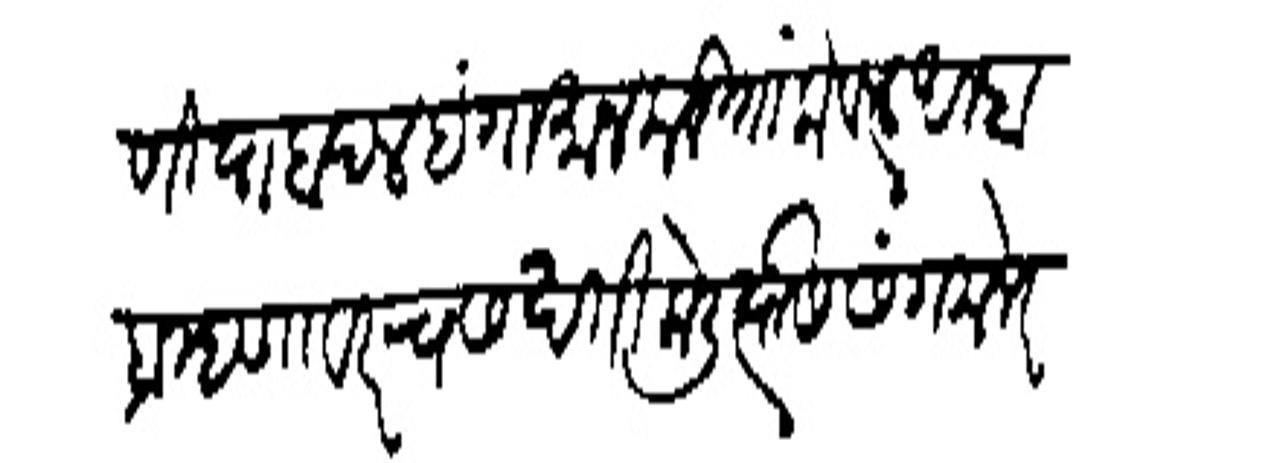
Transliteration (Devanagari): ठाणियाबदल हंगामा न करितां केवळ अम्हा ब्राम्हणावरच सखती केली त्यासी संगमनेर